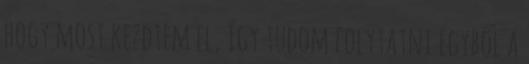
hogy most kezdtem el, így tudom folytatni egyből a